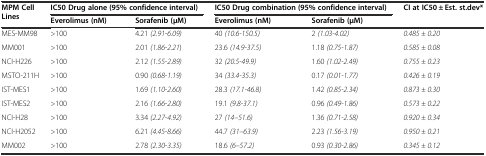
<table><thead><tr><td rowspan="2"><b>MPM Cell Lines</b></td><td colspan="2"><b>IC50 Drug alone (95% confidence interval)</b></td><td colspan="2"><b>IC50 Drug combination (95% confidence interval)</b></td><td rowspan="2"><b>CI at IC50 ± Est. st.dev*</b></td></tr><tr><td><b>Everolimus (nM)</b></td><td><b>Sorafenib (μM)</b></td><td><b>Everolimus (nM)</b></td><td><b>Sorafenib (μM)</b></td></tr></thead><tbody><tr><td>MES-MM98</td><td>&gt;100</td><td>4.21 <i>(2.91-6.09)</i></td><td>40 <i>(10.6-150.5)</i></td><td>2 <i>(1.03-4.02)</i></td><td><i>0.485 ± 0.20</i></td></tr><tr><td>MM001</td><td>&gt;100</td><td>2.01 <i>(1.86-2.21</i>)</td><td>23.6 <i>(14.9-37.5)</i></td><td>1.18 <i>(0.75-1.87)</i></td><td><i>0.585 ± 0.08</i></td></tr><tr><td>NCI-H226</td><td>&gt;100</td><td>2.12 <i>(1.55-2.89)</i></td><td>32 <i>(20.5-49.9)</i></td><td>1.60 <i>(1.02-2.49)</i></td><td><i>0.755 ± 0.23</i></td></tr><tr><td>MSTO-211H</td><td>&gt;100</td><td>0.90 <i>(0.68-1.19)</i></td><td>34 <i>(33.4-35.3)</i></td><td>0.17 <i>(0.01-1.77)</i></td><td><i>0.426 ± 0.19</i></td></tr><tr><td>IST-MES1</td><td>&gt;100</td><td>1.69 <i>(1.10-2.60)</i></td><td>28.3 <i>(17.1-46.8)</i></td><td>1.42 <i>(0.85-2.34)</i></td><td><i>0.873 ± 0.30</i></td></tr><tr><td>IST-MES2</td><td>&gt;100</td><td>2.16 <i>(1.66-2.80)</i></td><td>19.1 <i>(9.8-37.1)</i></td><td>0.96 <i>(0.49-1.86)</i></td><td><i>0.573 ± 0.22</i></td></tr><tr><td>NCI-H28</td><td>&gt;100</td><td>3.34 <i>(2.27-4.92)</i></td><td>27 <i>(14–51.6)</i></td><td>1.36 <i>(0.71-2.58)</i></td><td><i>0.920 ± 0.34</i></td></tr><tr><td>NCI-H2052</td><td>&gt;100</td><td>6.21 <i>(4.45-8.66)</i></td><td>44.7 <i>(31–63.9)</i></td><td>2.23 <i>(1.56-3.19)</i></td><td><i>0.950 ± 0.21</i></td></tr><tr><td>MM002</td><td>&gt;100</td><td>2.78 <i>(2.30-3.35)</i></td><td>18.6 <i>(6–57.2)</i></td><td>0.93 <i>(0.30-2.86)</i></td><td><i>0.345 ± 0.12</i></td></tr></tbody></table>